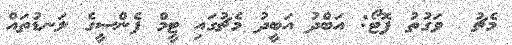
މެޗު  ވަގުތު ފޮޓޯ: އަބްދު އަބީދު މެޗުގައި ޓީމް ފެންސީގެ ލަނޑުތައް